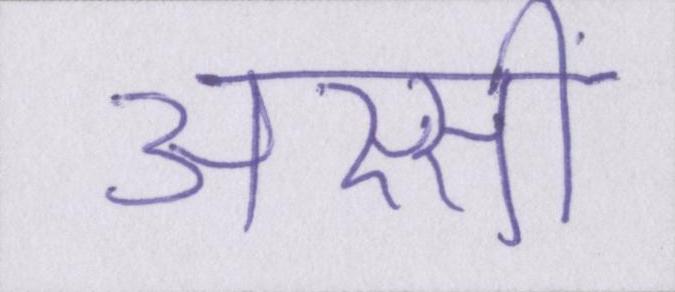
अस्सीं